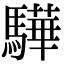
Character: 驊